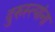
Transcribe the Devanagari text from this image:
दुरुस्त्यांना